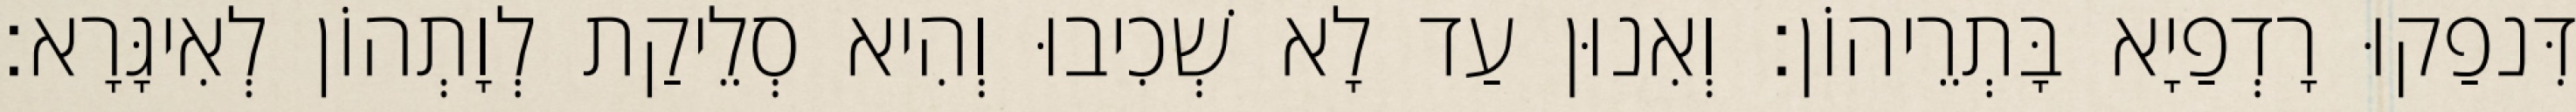
דִּנפַקוּ רָדְפַיָא בָּתְרֵיהוֹן׃ וְאִנוּן עַד לָא שְׁכִיבוּ וְהִיא סְלֵיקַת לְוָתְהוֹן לְאִיגָּרָא׃